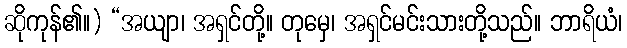
ဆိုကုန်၏။) “အယျာ၊ အရှင်တို့။ တုမှေ၊ အရှင်မင်းသားတို့သည်။ ဘာရိယံ၊